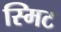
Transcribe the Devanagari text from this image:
स्मिट